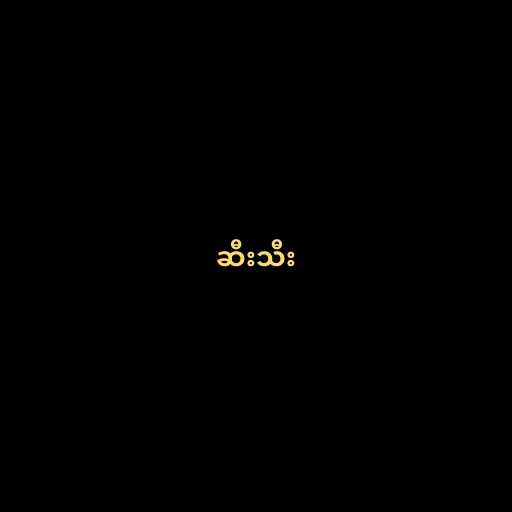
ဆီးသီး